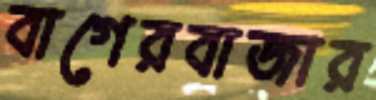
বাগেরবাজার